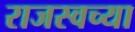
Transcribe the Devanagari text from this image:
राजस्वच्या